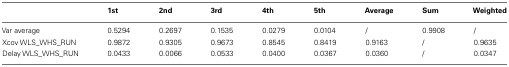
<table><thead><tr><td></td><td><b>1st</b></td><td><b>2nd</b></td><td><b>3rd</b></td><td><b>4th</b></td><td><b>5th</b></td><td><b>Average</b></td><td><b>Sum</b></td><td><b>Weighted</b></td></tr></thead><tbody><tr><td>Var average</td><td>0.5294</td><td>0.2697</td><td>0.1535</td><td>0.0279</td><td>0.0104</td><td>/</td><td>0.9908</td><td>/</td></tr><tr><td>Xcov WLS_WHS_RUN</td><td>0.9872</td><td>0.9305</td><td>0.9673</td><td>0.8545</td><td>0.8419</td><td>0.9163</td><td>/</td><td>0.9635</td></tr><tr><td>Delay WLS_WHS_RUN</td><td>0.0433</td><td>0.0066</td><td>0.0533</td><td>0.0400</td><td>0.0367</td><td>0.0360</td><td>/</td><td>0.0347</td></tr></tbody></table>